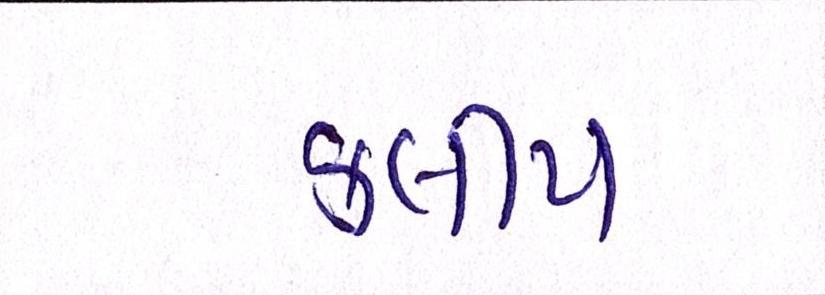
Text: કલીપ